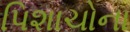
પિશાચોના